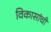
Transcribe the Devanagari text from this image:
विकासांची